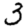
Digit: 3